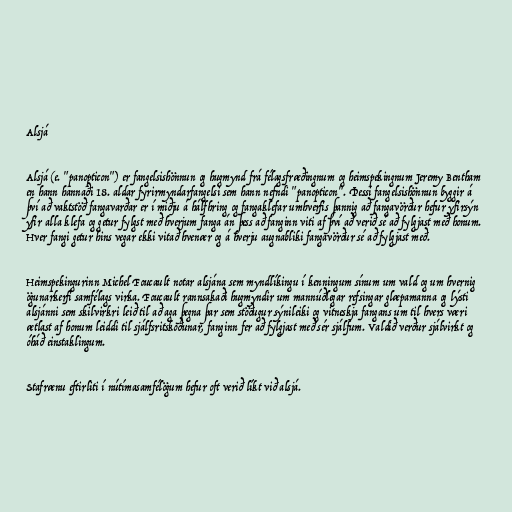
Alsjá

Alsjá (e. "panopticon") er fangelsishönnun og hugmynd frá félagsfræðingnum og heimspekingnum Jeremy Bentham
en hann hannaði 18. aldar fyrirmyndarfangelsi sem hann nefndi "panopticon". Þessi fangelsishönnun byggir á
því að vaktstöð fangavarðar er í miðju á hálfhring og fangaklefar umhverfis þannig að fangavörður hefur yfirsýn
yfir alla klefa og getur fylgst með hverjum fanga án þess að fanginn viti af því að verið sé að fylgjast með honum.
Hver fangi getur hins vegar ekki vitað hvenær og á hverju augnabliki fangavörður sé að fylgjast með.

Heimspekingurinn Michel Foucault notar alsjána sem myndlíkingu í kenningum sínum um vald og um hvernig
ögunarkerfi samfélags virka. Foucault rannsakaði hugmyndir um mannúðlegar refsingar glæpamanna og lýsti
alsjánni sem skilvirkri leið til að aga þegna þar sem stöðugur sýnileiki og vitneskja fangans um til hvers væri
ætlast af honum leiddi til sjálfsritskoðunar, fanginn fer að fylgjast með sér sjálfum. Valdið verður sjálvirkt og
óháð einstaklingum.

Stafrænu eftirliti í nútímasamfélögum hefur oft verið líkt við alsjá.